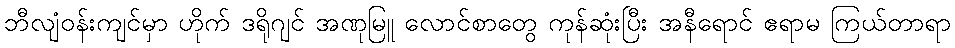
ဘီလျံဝန်းကျင်မှာ ဟိုက် ဒရိုဂျင် အဏုမြူ လောင်စာတွေ ကုန်ဆုံးပြီး အနီရောင် ဧရာမ ကြယ်တာရာ